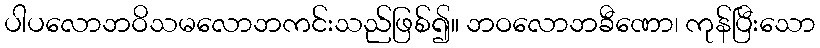
ပါပလောဘဝိသမလောဘကင်းသည်ဖြစ်၍။ ဘဝလောဘခီဏော၊ ကုန်ပြီးသော